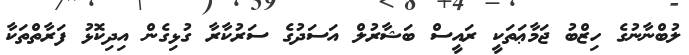
ލުބްނާނުގެ ހިޒްބު ޖަމާޢަތަކީ ރައީސް ބަޝާރުލް އަސަދުގެ ސަރުކާރާ ގުޅިގެން އިދިކޮޅު ފަރާތްތަކާ